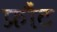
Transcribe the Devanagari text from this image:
फ्रौंट